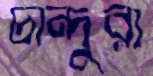
চান্দুরা